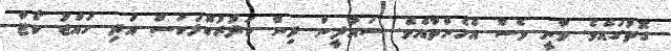
ގޮތުގައެވެ. ވާނީ ވެސް އެހެންތާއެވެ. ސައުދީން ދިން ކަދުރުކޮޅަކަސް އަދި ހައްޖު ކޯޓާ